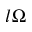
l \Omega